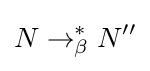
N\to _{\beta }^{*}N''